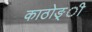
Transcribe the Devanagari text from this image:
काठोङ्ी